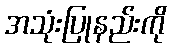
အသုံးပြုနည်းကို